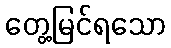
တွေ့မြင်ရသော